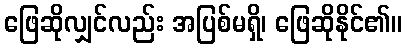
ဖြေဆိုလျှင်လည်း အပြစ်မရှိ၊ ဖြေဆိုနိုင်၏။